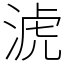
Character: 淲